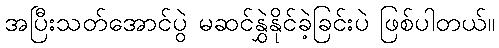
အပြီးသတ်အောင်ပွဲ မဆင်နွှဲနိုင်ခဲ့ခြင်းပဲ ဖြစ်ပါတယ်။